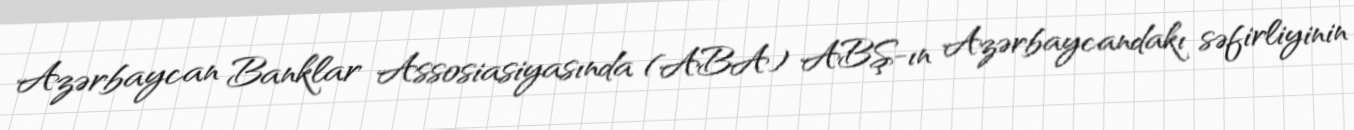
Azərbaycan Banklar Assosiasiyasında (ABA) ABŞ-ın Azərbaycandakı səfirliyinin